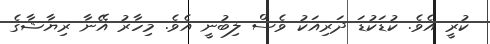
ކުރީ އެވެ. ކުޑަކުޑަ ދަރިއަކު ވެސް ލިބުނީ އެވެ. މިހާރު އޭނާ ރިޔާޝާގެ